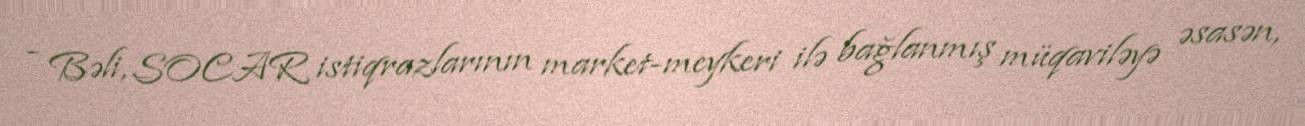
- Bəli, SOCAR istiqrazlarının market-meykeri ilə bağlanmış müqaviləyə əsasən,